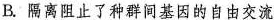
B.隔离阻止了种群间基因的自由交流